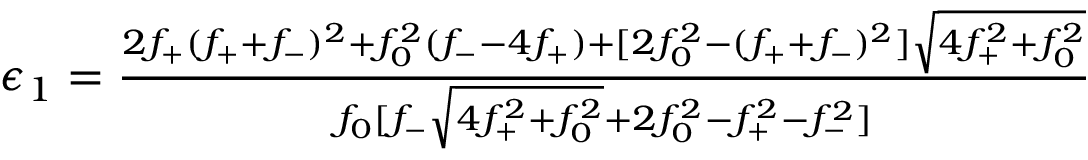
\begin{array} { r } { \epsilon _ { 1 } = \frac { 2 f _ { + } ( f _ { + } + f _ { - } ) ^ { 2 } + f _ { 0 } ^ { 2 } ( f _ { - } - 4 f _ { + } ) + [ 2 f _ { 0 } ^ { 2 } - ( f _ { + } + f _ { - } ) ^ { 2 } ] \sqrt { 4 f _ { + } ^ { 2 } + f _ { 0 } ^ { 2 } } } { f _ { 0 } [ f _ { - } \sqrt { 4 f _ { + } ^ { 2 } + f _ { 0 } ^ { 2 } } + 2 f _ { 0 } ^ { 2 } - f _ { + } ^ { 2 } - f _ { - } ^ { 2 } ] } } \end{array}